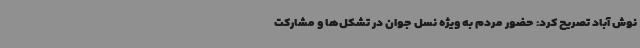
نوش آباد تصریح کرد: حضور مردم به ویژه نسل جوان در تشکل‌ها و مشارکت